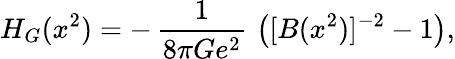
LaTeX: H_{G}(x^{2})=-\, {\frac{1}{8\pi Ge^{2}}}\, \left([B(x^{2})]^{-2}-1\right),